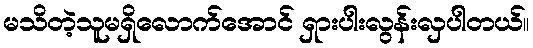
မသိတဲ့သူမရှိလောက်အောင် ရှားပါးလွန်းလှပါတယ်။